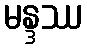
မန္ဒဿ